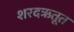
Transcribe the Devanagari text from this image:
शरदऋतूत